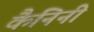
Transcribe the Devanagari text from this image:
कैनिनी